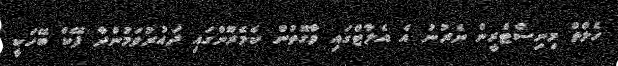
ހެލްތް މިނިސްޓްރީން ނެރުނު އެ އެލާޓްގައި ވާގޮތުން ކެމެރޫންގައި ދައުރުވަމުންދާ ފޭކް ބޭހަކީ